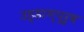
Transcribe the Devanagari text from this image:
उड्डाण्पूर्व